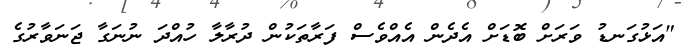
"އަޅުގަނޑު ވަރަށް ބޮޑަށް އެދެން އެއްވެސް ފަރާތަކުން ދުރާލާ ހުއްދަ ނުނަގާ ޖަނަވާރުގެ